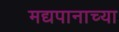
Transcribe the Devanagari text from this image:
मद्यपानाच्या